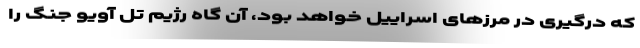
که درگیری در مرزهای اسراییل خواهد بود، آن گاه رژیم تل آویو جنگ را